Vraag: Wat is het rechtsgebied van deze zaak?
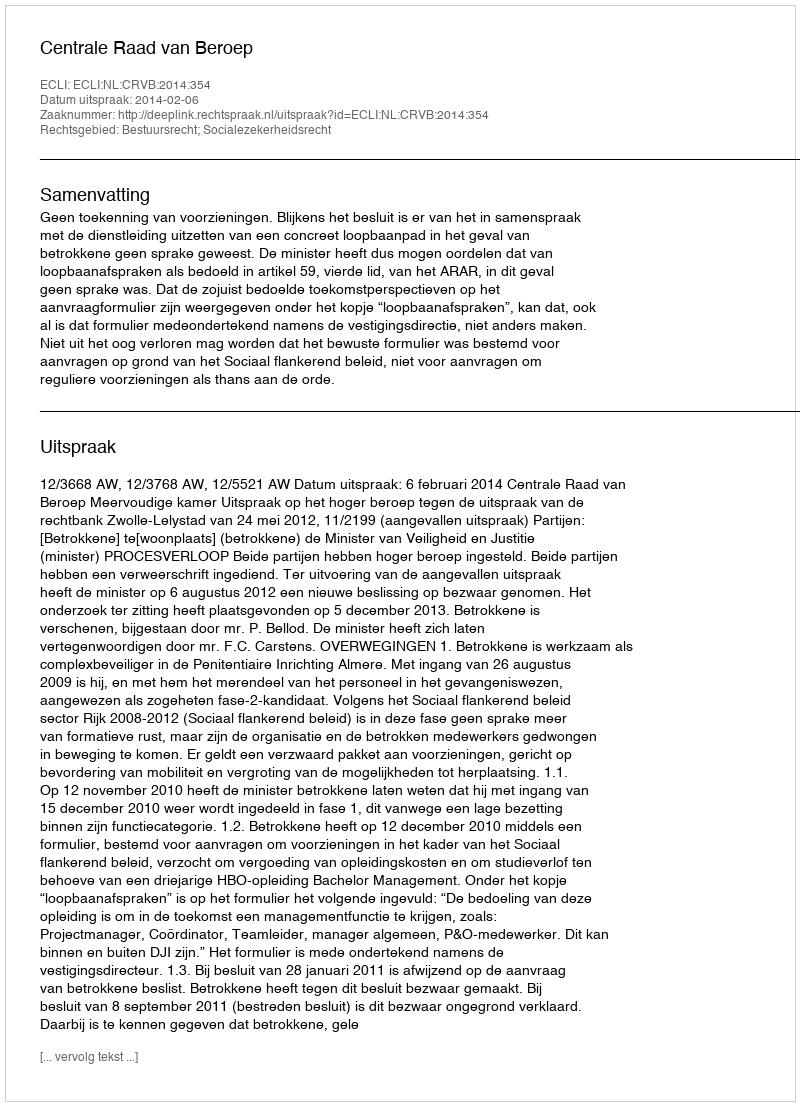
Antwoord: Bestuursrecht; Socialezekerheidsrecht